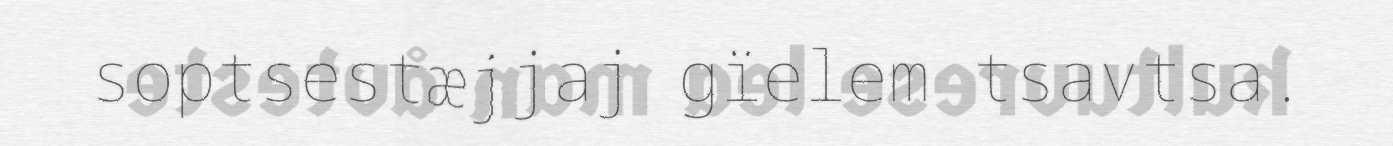
soptsestæjjaj gïelem tsavtsa.